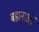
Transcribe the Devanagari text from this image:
बह्वानाओं